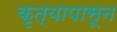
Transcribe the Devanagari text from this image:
कृत्यापासून